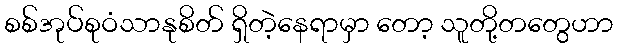
စစ်အုပ်စုဝံသာနုစိတ် ရှိတဲ့နေရာမှာ တော့ သူတို့တတွေဟာ